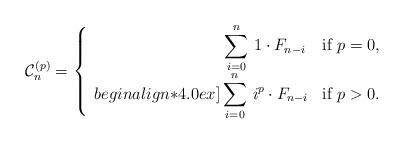
LaTeX: \begin{align*} \mathcal{C}_n^{(p)} = \left\{ \begin{array}{rl} \displaystyle\sum_{i=0}^{n} \, 1 \cdot F_{n-i} \, & \mbox{if $p=0$},\\begin{align*}4.0ex]\displaystyle\sum_{i=0}^{n} \, i^p \cdot F_{n-i} & \mbox{if $p>0$}.\end{array} \right. \end{align*}